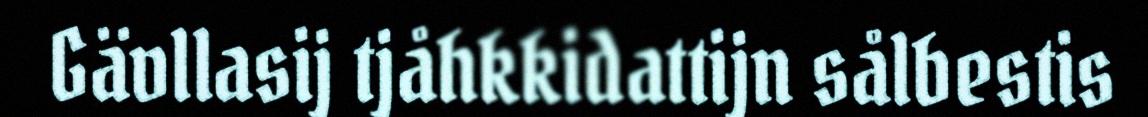
Gävllasij tjåhkkidattijn sålbestis